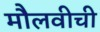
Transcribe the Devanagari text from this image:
मौलवीची